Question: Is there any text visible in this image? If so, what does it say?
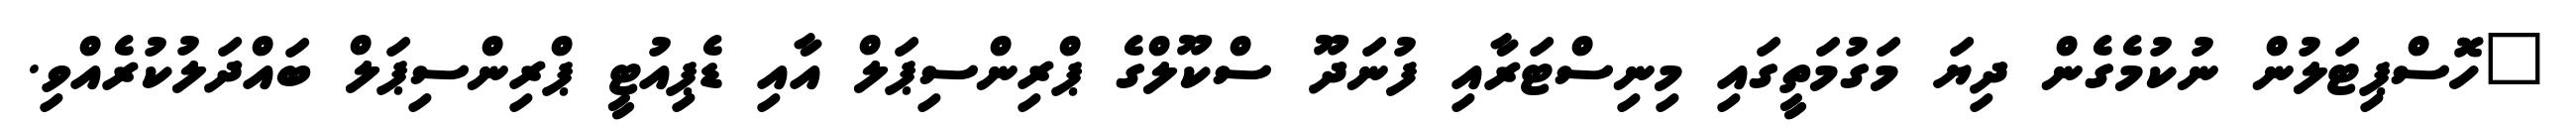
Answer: "ހޮސްޕިޓަލުން ނުކުމެގެން ދިޔަ މަގުމަތީގައި މިނިސްޓަރާއި ފުނަދޫ ސްކޫލްގެ ޕްރިންސިޕަލް އާއި ޑެޕިއުޓީ ޕްރިންސިޕަލް ބައްދަލުކުރެއްވި.